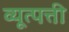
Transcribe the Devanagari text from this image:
व्यूत्पत्ती